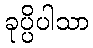
ခုပ္ပိပါသာ